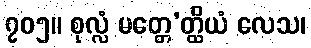
၇၀၅။ စုလ္လံ မတ္တေ’တ္ထိယံ လေသ၊